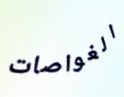
الغواصات